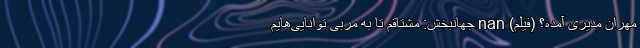
مهران مدیری آمده؟ (فیلم) nan جهانبخش: مشتاقم تا به مربی توانایی‌هایم